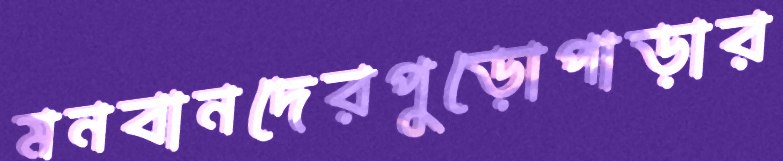
মনবানদেরপুড়োপাড়ার